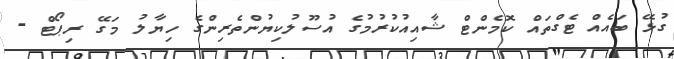
ގުޅޭ ބައެއް ޓެގްތައް ކޮމެންޓް ޝާއިއުކުރުމުގެ އުސޫލުކިޔުންތެރިންގެ ހިޔާލު މަގޭ ރިޕޯޓް -